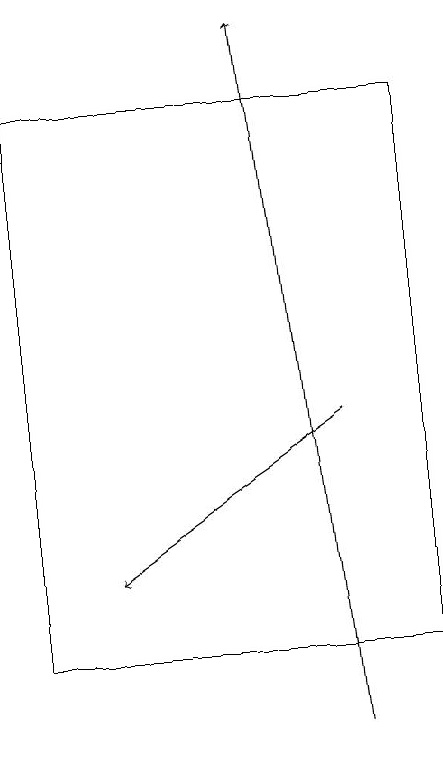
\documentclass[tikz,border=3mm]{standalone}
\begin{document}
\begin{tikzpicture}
\draw (7,11) rectangle (2,18);
\draw[->] (6,10) -- (5,19);
\draw[->] (6,14) -- (3,12);
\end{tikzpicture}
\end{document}